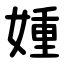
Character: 媑